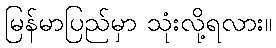
မြန်မာပြည်မှာ သုံးလို့ရလား။